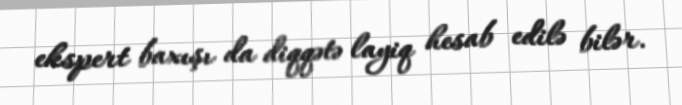
ekspert baxışı da diqqətə layiq hesab edilə bilər.